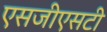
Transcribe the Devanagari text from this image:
एसजीएसटी